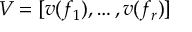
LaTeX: V = [ v ( f _ { 1 } ) , \ldots , v ( f _ { r } ) ]